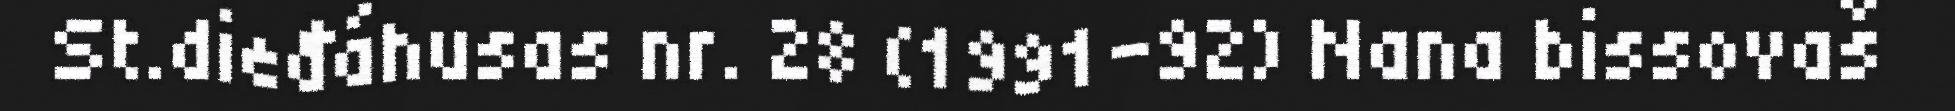
St.dieđáhusas nr. 28 (1991–92) Nana bissovaš